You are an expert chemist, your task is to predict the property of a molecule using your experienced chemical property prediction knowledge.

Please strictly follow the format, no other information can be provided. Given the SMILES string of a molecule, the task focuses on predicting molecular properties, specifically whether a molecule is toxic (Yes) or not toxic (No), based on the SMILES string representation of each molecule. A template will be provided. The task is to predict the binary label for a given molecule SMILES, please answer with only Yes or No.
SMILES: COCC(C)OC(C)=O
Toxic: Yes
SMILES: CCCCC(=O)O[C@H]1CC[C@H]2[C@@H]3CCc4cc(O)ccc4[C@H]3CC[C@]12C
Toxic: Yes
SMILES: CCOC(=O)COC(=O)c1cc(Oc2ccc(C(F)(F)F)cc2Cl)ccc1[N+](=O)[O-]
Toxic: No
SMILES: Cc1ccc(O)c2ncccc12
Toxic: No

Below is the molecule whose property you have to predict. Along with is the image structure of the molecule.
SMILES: CCc1ccc2c(c1)N(CC(C)CN(C)C)c1ccccc1S2
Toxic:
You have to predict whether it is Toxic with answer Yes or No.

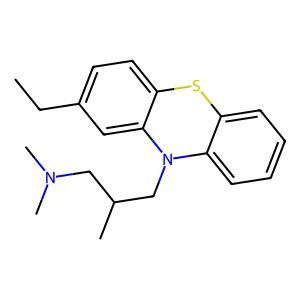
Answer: No